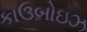
કાઉબોઇઝ